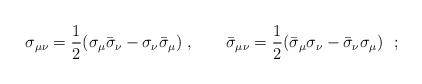
LaTeX: \begin{align*}\sigma_{\mu\nu}={1\over 2}(\sigma_\mu\bar\sigma_\nu -\sigma_\nu\bar\sigma_\mu)~,\hskip 0.8cm\bar\sigma_{\mu\nu}={1\over 2}(\bar\sigma_\mu\sigma_\nu -\bar\sigma_\nu\sigma_\mu)~~;\end{align*}